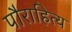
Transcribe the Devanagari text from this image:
पौराहित्य